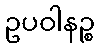
ဥပဝါနဉ္စ